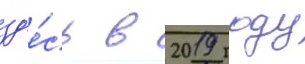
зд'е́сь в 2019 году